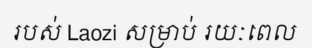
របស់ Laozi សម្រាប់ រយៈពេល